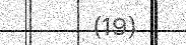
(19)